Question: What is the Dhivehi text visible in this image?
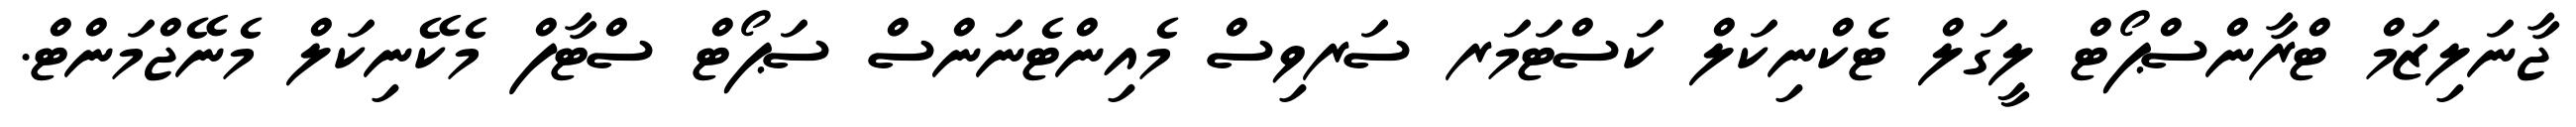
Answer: ޖާނަލިޒަމް ޓްރާންސްޕޯޓް ލީގަލް ޓެކްނިކަލް ކަސްޓަމަރ ސަރވިސް މެއިންޓެނަންސް ސަޕޯޓް ސްޓާފް މެކޭނިކަލް މެނޭޖްމަންޓް.